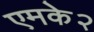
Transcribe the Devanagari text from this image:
एमके२